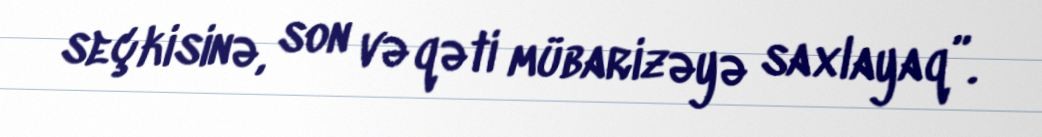
seçkisinə, son və qəti mübarizəyə saxlayaq”.